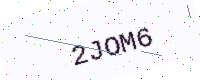
Text: 2JOM6